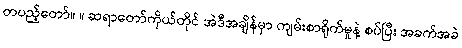
တပည့်တော်။ ။ ဆရာတော်ကိုယ်တိုင် အဲဒီအချိန်မှာ ကျမ်းစာရိုက်မှုနဲ့ စပ်ပြီး အခက်အခဲ